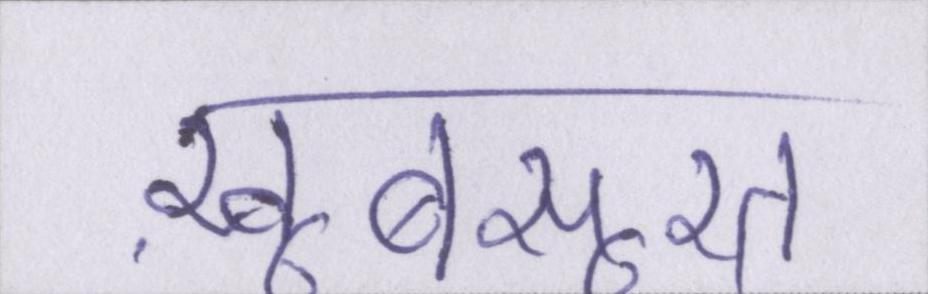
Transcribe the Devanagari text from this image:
ख़ूबसूरत